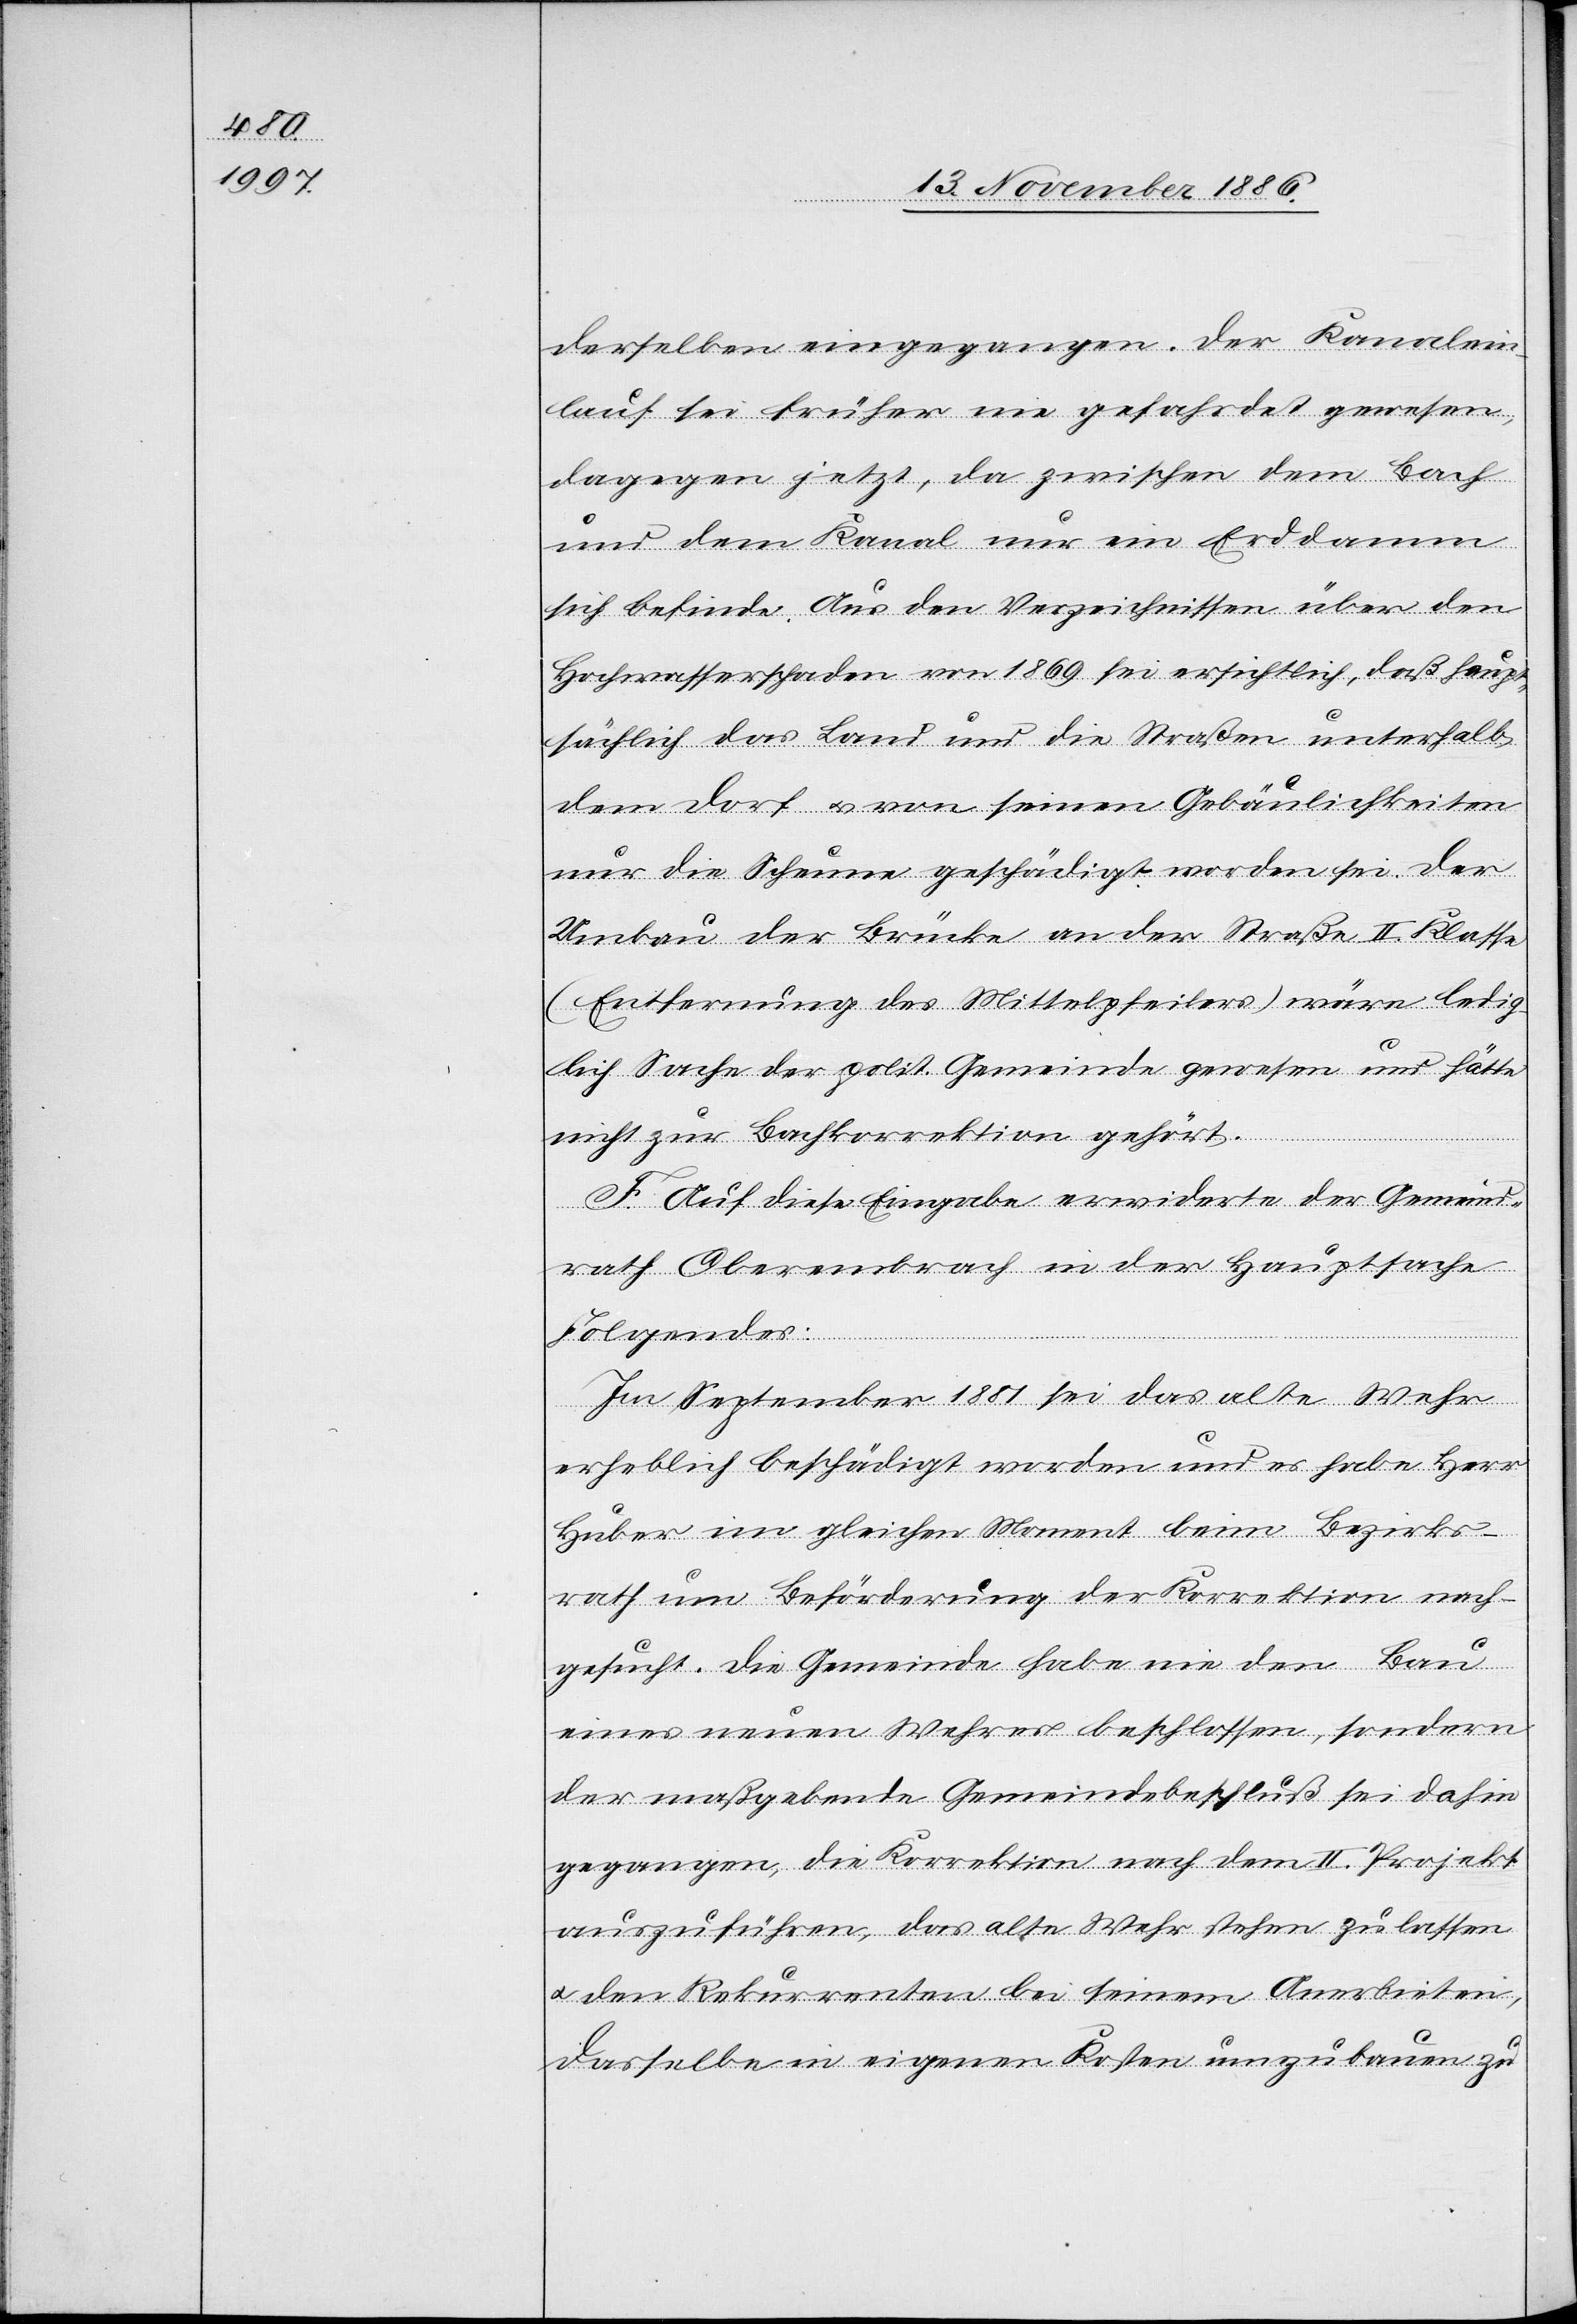
derselben eingegangen. Der Kanalein¬
lauf sei früher nie gefahrdet [sic!] gewesen,
dagegen jetzt, da zwischen dem Bach
und dem Kanal nur ein Erddamm
sich befinde. Aus den Verzeichnissen über den
Hochwasserschaden von 1869 sei ersichtlich, daß haup¬
tsächlich das Land und die Straßen unterhalb
dem Dorf & von seinen Gebäulichkeiten
nur die Scheune geschädigt worden sei. Der
Umbau der Brücke an der Straße II. Klasse
(Entfernung des Mittelpfeilers) wäre ledig¬
lich Sache der polit. Gemeinde gewesen und hätte
nicht zur Bachkorrektion gehört.
F. Auf diese Eingabe erwiderte der Gemeind¬
rath Oberembrach in der Hauptsache
Folgendes:
Im September 1881 sei das alte Wehr
erheblich beschädigt worden und es habe Herr
Huber im gleichen Moment beim Bezirks¬
rath um Beförderung der Korrektion nach¬
gesucht. Die Gemeinde habe nie den Bau
eines neuen Wehres beschlossen, sondern
der maßgebende Gemeindebeschluß sei dahin
gegangen, die Korrektion nach dem II. Projekt
auszuführen, das alte Wehr stehen zu lassen
& den Rekurrenten bei seinem Anerbieten,
dasselbe in eigenen Kosten umzubauen zu